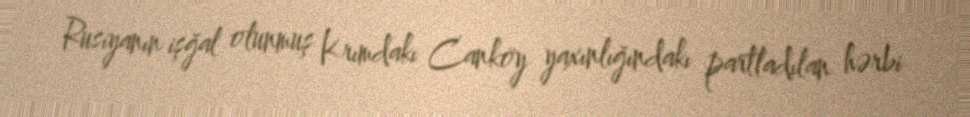
Rusiyanın işğal olunmuş Krımdakı Canköy yaxınlığındakı partladılan hərbi